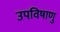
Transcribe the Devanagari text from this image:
उपविषाणु